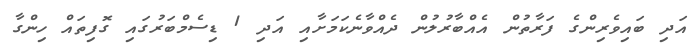
އަދި ބައިވެރިންގެ ފަރާތުން އެއްބާރުލުން ދެއްވާނެކަމަށާއި އަދި 1 ޑިސެމްބަރުގައި ގޮފިތައް ހިންގާ